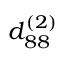
{ d _ { 8 8 } ^ { ( 2 ) } }